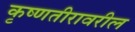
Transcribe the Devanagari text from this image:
कृष्णतीरावरील